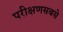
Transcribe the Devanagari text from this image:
परीक्षणसबसे